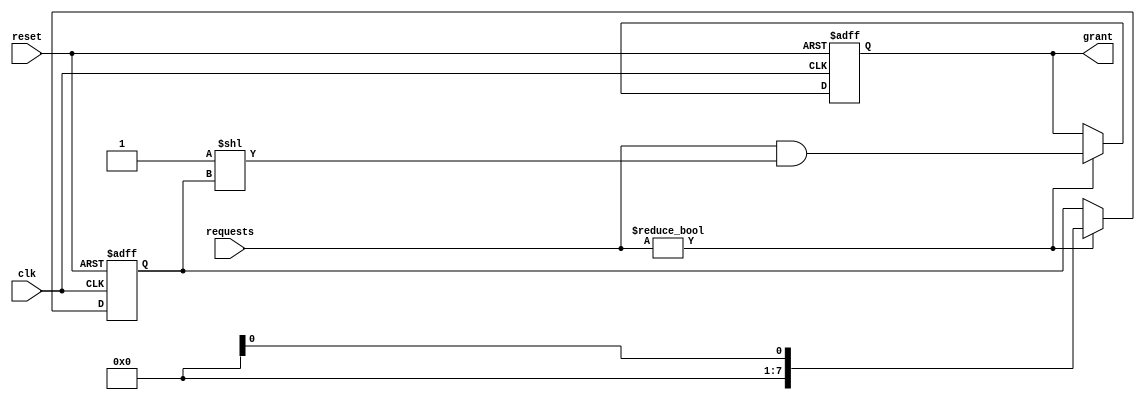
module random_arbiter (
  input wire clk,
  input wire reset,
  input wire [7:0] requests,
  output reg [7:0] grant
);

reg [7:0] random_num;

always @(posedge clk or posedge reset) begin
  if (reset) begin
    grant <= 8'b00000000;
    random_num <= 8'b00000000;
  end else begin
    if (requests != 8'b00000000) begin
      random_num <= $random;
      grant <= requests & (1 << random_num);
    end
  end
end

endmodule